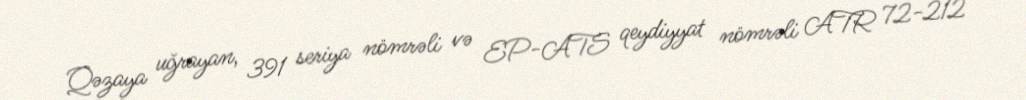
Qəzaya uğrayan, 391 seriya nömrəli və EP-ATS qeydiyyat nömrəli ATR 72-212